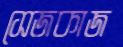
সেজকাজ